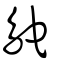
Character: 鴕